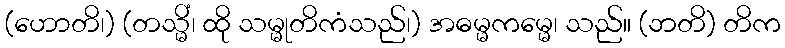
(ဟောတိ၊) (တသ္မိံ၊ ထို သမ္မုတိကံသည်၊) အဓမ္မကမ္မေ၊ သည်။ (ဘတိ) တိက